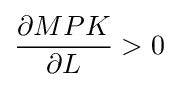
{\dfrac {\partial MPK}{\partial L}}>0